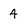
Character: 4